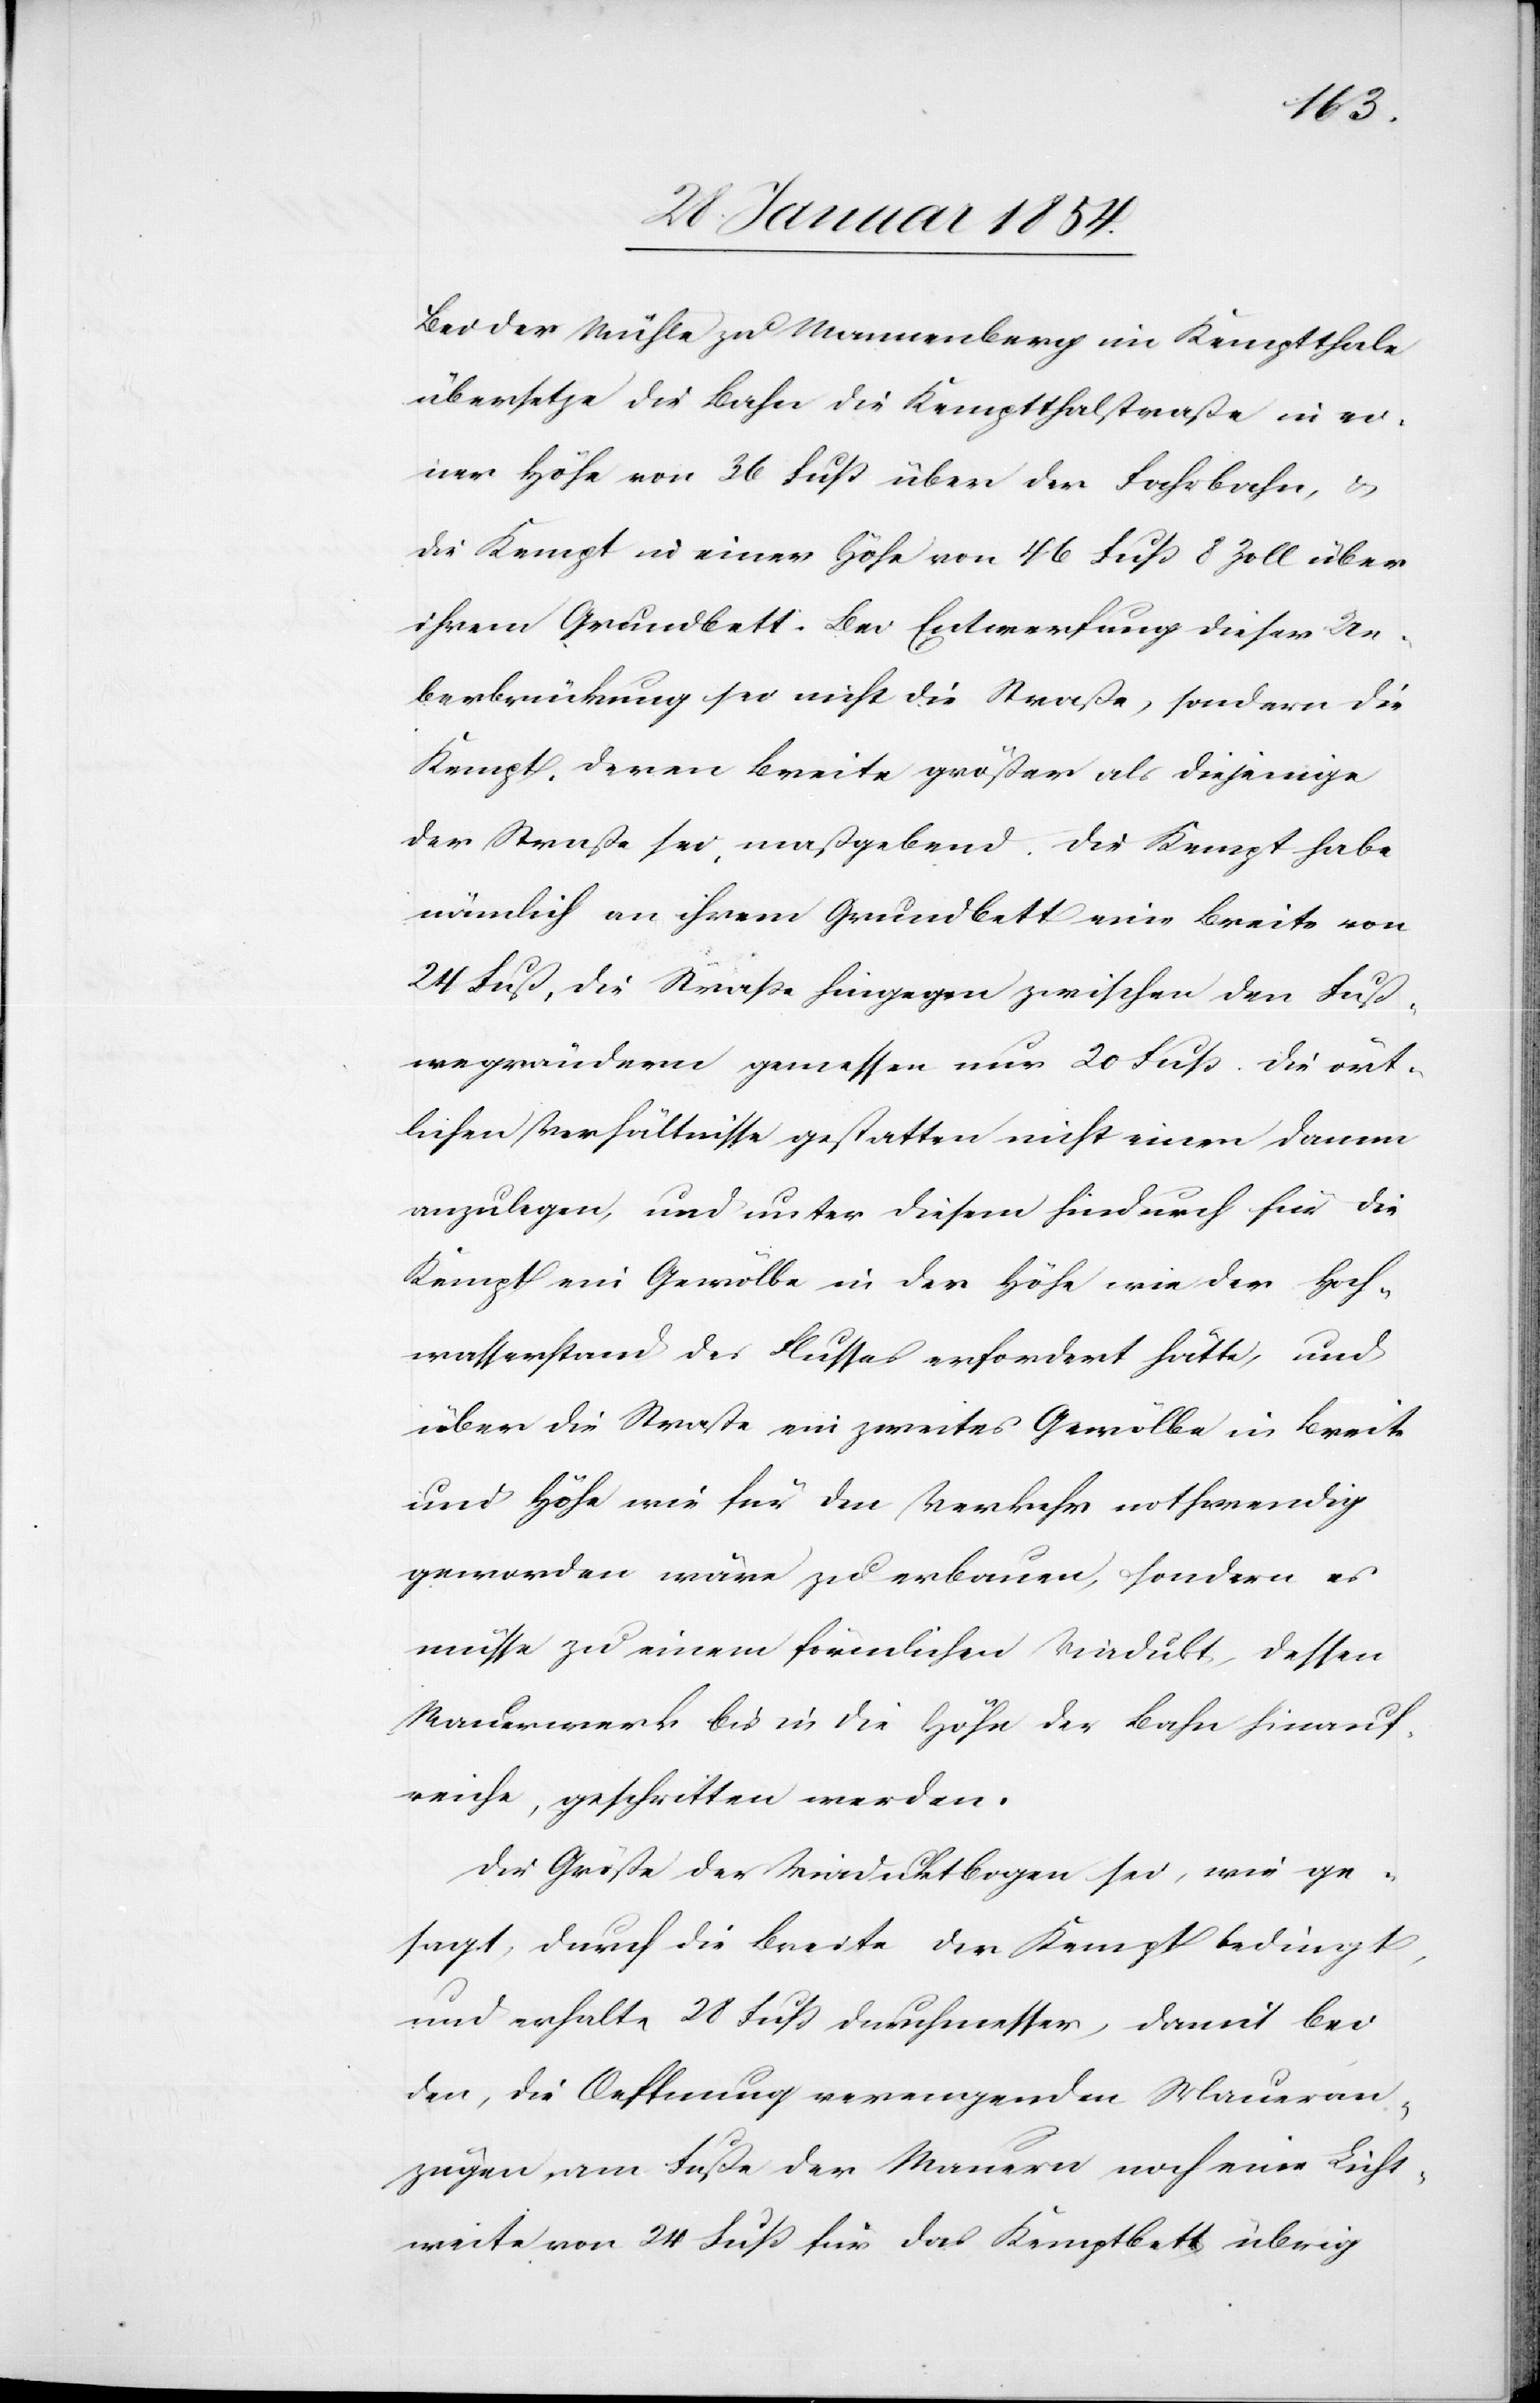
Bei der Mühle zu Wannenberg im Kemptthale
übersetze die Bahn die Kemptthalstraße in ei¬
ner Höhe von 36 Fuß über der Fahrbahn, u.
die Kempt in einer Höhe von 46 Fuß 8 Zoll über
ihrem Grundbett. Bei Entwerfung dieser Ue¬
berbrückung sei nicht die Straße, sondern die
Kempt, deren Breite größer als diejenige
der Straße sei, maßgebend. Die Kempt habe
nämlich an ihrem Grundbett eine Breite von
24 Fuß, die Straße hingegen zwischen den Fuß¬
wegrändern gemessen nur 20 Fuß. Die ört¬
lichen Verhältnisse gestatten nicht einen Damm
anzulegen, und unter diesem hindurch für die
Kempt ein Gewölbe in der Höhe wie der Hoch¬
wasserstand des Flusses erfordert hätte, und
über die Straße ein weites Gewölbe in Breite
und Höhe wie für den Verkehr nothwendig
geworden wäre zu erbauen, sondern es
müsse zu einem förmlichen Viadukt, dessen
Mauerwerk bis in die Höhe der Bahn hinauf¬
reiche, geschritten werden.
Die Größe der Viaduktbogen sei, wie ge¬
sagt, durch die Breite der Kempt bedingt,
und erhalte 28 Fuß Durchmesser, damit bei
der, die Oeffnung verengenden Maueran¬
zugen, am Fuße der Mauern noch eine Luft¬
weite von 24 Fuß für das Kemptbett übrig